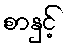
စာနှင့်